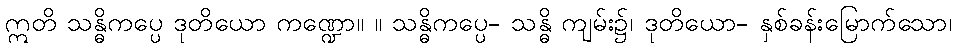
ဣတိ သန္ဓိကပ္ပေ ဒုတိယော ကဏ္ဍော။ ။ သန္ဓိကပ္ပေ- သန္ဓိ ကျမ်း၌၊ ဒုတိယော- နှစ်ခန်းမြောက်သော၊